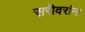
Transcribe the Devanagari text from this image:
सरॊवरांना